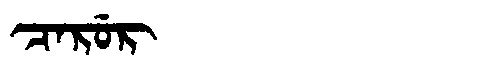
Manchu: ᠴᠠᡵᡠᡵ
Romanization: CARUR